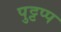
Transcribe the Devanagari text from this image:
पुट्टप्प